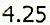
4.25